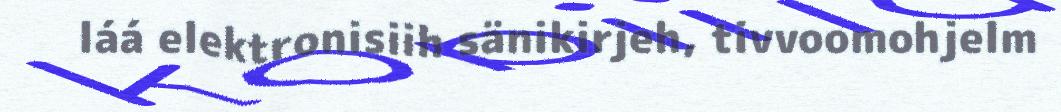
láá elektronisiih sänikirjeh, tivvoomohjelm